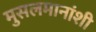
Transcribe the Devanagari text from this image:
मुसलमानांशी